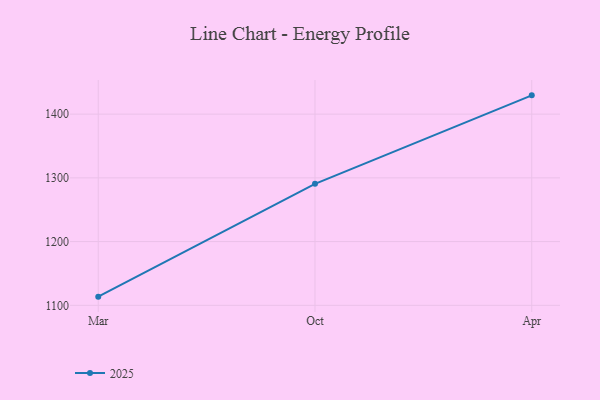
{"axis": {"x": "Month", "y": "Conversion Rate (%)"}, "legend": ["2025"], "data": [{"x": "Mar", "y": 1113.6, "type": "2025"}, {"x": "Oct", "y": 1290.6, "type": "2025"}, {"x": "Apr", "y": 1429.5, "type": "2025"}]}